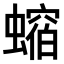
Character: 𧑲